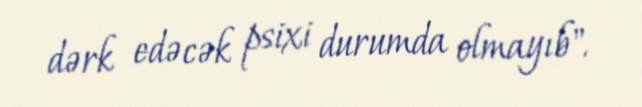
dərk edəcək psixi durumda olmayıb".